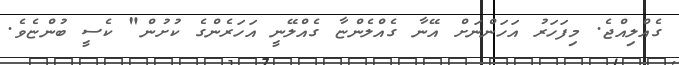
ގެއްލިއްޖެ. މިފަހަރު އަހަންނަށް އޭނާ ގެއްލެންޏާ ގެއްލޭނީ އަހަރެންގެ ކުށުން" ކެސީ ބުންޏެވެ.